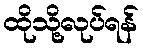
ထိုသို့လုပ်ရန်